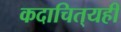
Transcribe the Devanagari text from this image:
कदाचित्‌यही